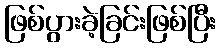
ဖြစ်ပွားခဲ့ခြင်းဖြစ်ပြီး